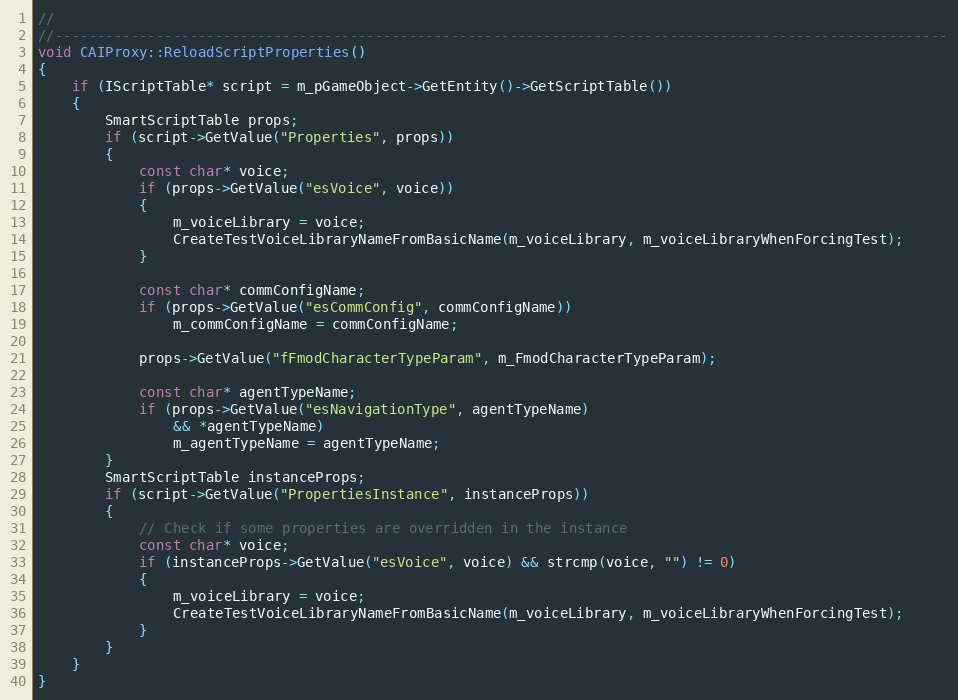
Language: C++
//
//----------------------------------------------------------------------------------------------------------
void CAIProxy::ReloadScriptProperties()
{
	if (IScriptTable* script = m_pGameObject->GetEntity()->GetScriptTable())
	{
		SmartScriptTable props;
		if (script->GetValue("Properties", props))
		{
			const char* voice;
			if (props->GetValue("esVoice", voice))
			{
				m_voiceLibrary = voice;
				CreateTestVoiceLibraryNameFromBasicName(m_voiceLibrary, m_voiceLibraryWhenForcingTest);
			}

			const char* commConfigName;
			if (props->GetValue("esCommConfig", commConfigName))
				m_commConfigName = commConfigName;

			props->GetValue("fFmodCharacterTypeParam", m_FmodCharacterTypeParam);

			const char* agentTypeName;
			if (props->GetValue("esNavigationType", agentTypeName)
			    && *agentTypeName)
				m_agentTypeName = agentTypeName;
		}
		SmartScriptTable instanceProps;
		if (script->GetValue("PropertiesInstance", instanceProps))
		{
			// Check if some properties are overridden in the instance
			const char* voice;
			if (instanceProps->GetValue("esVoice", voice) && strcmp(voice, "") != 0)
			{
				m_voiceLibrary = voice;
				CreateTestVoiceLibraryNameFromBasicName(m_voiceLibrary, m_voiceLibraryWhenForcingTest);
			}
		}
	}
}